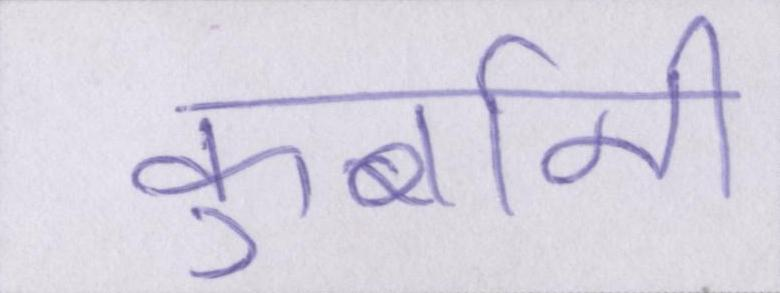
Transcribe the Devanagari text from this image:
कुर्बानी